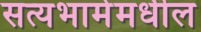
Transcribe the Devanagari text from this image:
सत्यभामेमधील